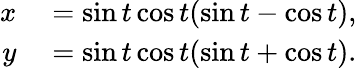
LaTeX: \begin{array}{rl}{x}&{{}=\sin t\cos t(\sin t-\cos t),}\\ {y}&{{}=\sin t\cos t(\sin t+\cos t).}\end{array}